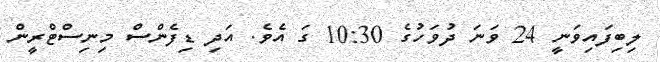
ލިބިފައިވަނީ 24 ވަނަ ދުވަހުގެ 10:30 ގަ އެވެ. އަދި ޑިފެންސް މިނިސްޓްރީން